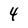
Character: 4